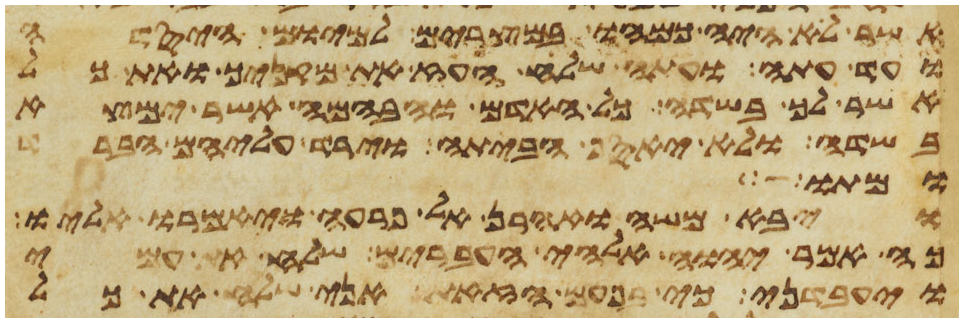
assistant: אשר לא היה כמהו במצרים למיום היסדה
ועד עתה ועתה שלח העז את מקניך ואת כל
אשר לך בשדה כל האדם והבהמה אשר ימצא
בשדה ולא יאסף הביתה וירד עליהם הברד
ומתו
ויבא משה ואהרן אל פרעה ויאמרו אליו
כה אמר יהוה אלהי העברים שלח את עמי
ויעבדני כי בפעם הזאת אני שלח את כל